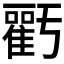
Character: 𮦁